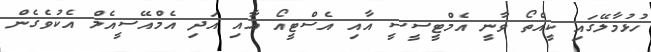
ހުޅުމާލޭގައި ކީއްތޯ ވާނީ އެމްޓީސީސީ އާއި އެސްޓީއޯ އާއި އަދި އެމްއޭސީއެލް އެކުވެގެން